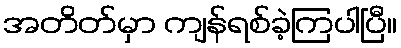
အတိတ်မှာ ကျန်ရစ်ခဲ့ကြပါပြီ။